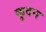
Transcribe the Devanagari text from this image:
कूदन